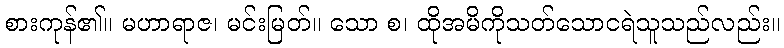
စားကုန်၏။ မဟာရာဇ၊ မင်းမြတ်။ သော စ၊ ထိုအမိကိုသတ်သောငရဲသူသည်လည်း။